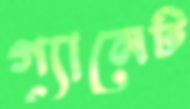
গ্যানেট